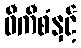
ဝီကီစံနှင့်